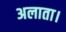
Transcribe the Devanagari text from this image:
अलाता।